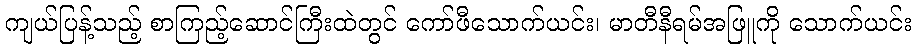
ကျယ်ပြန့်သည့် စာကြည့်ဆောင်ကြီးထဲတွင် ကော်ဖီသောက်ယင်း၊ မာတီနီရမ်အဖြူကို သောက်ယင်း